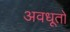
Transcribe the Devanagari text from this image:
अवधूतो